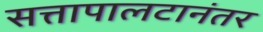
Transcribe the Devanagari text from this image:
सत्तापालटानंतर